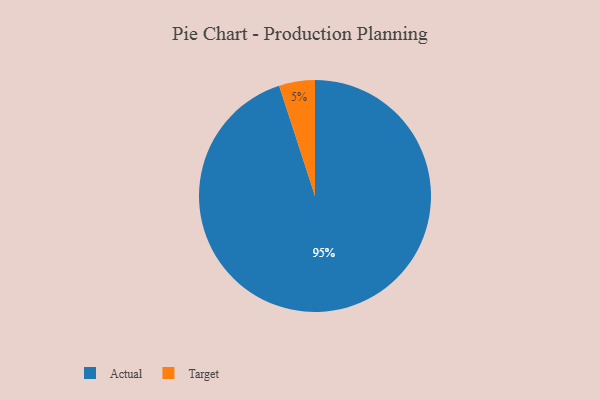
{"axis": {"x": "Category", "y": "Percentage"}, "legend": ["Actual", "Target"], "data": [{"x": "Target", "y": 5, "type": "Target"}, {"x": "Actual", "y": 95, "type": "Actual"}]}